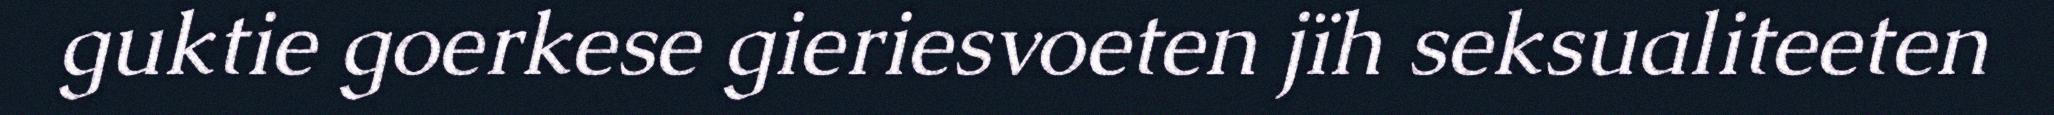
guktie goerkese gieriesvoeten jïh seksualiteeten